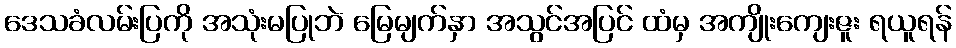
ဒေသခံလမ်းပြကို အသုံးမပြုဘဲ မြေမျက်နှာ အသွင်အပြင် ထံမှ အကျိုးကျေးဇူး ရယူရန်